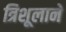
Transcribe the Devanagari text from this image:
त्रिशूलाने